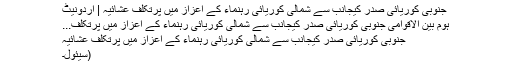
جنوبی کوریائی صدر کیجانب سے شمالی کوریائی رہنماء کے اعزاز میں پُرتکلف عشائیہ | اُردونیٹ
ہوم بین الاقوامی جنوبی کوریائی صدر کیجانب سے شمالی کوریائی رہنماء کے اعزاز میں پُرتکلف...
جنوبی کوریائی صدر کیجانب سے شمالی کوریائی رہنماء کے اعزاز میں پُرتکلف عشائیہ
(سیئول۔